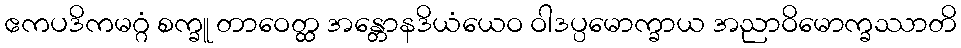
ဧကပဒိကမဂ္ဂံ စက္ခူ တာဝေတ္ထ အန္တောနဒိယံယေဝ ဝါဒပ္ပမောက္ခာယ အညာဝိမောက္ခဿာတိ